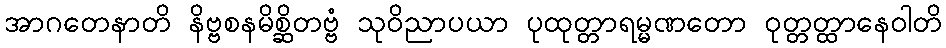
အာဂတေနာတိ နိဗ္ဗစနမိစ္ဆိတဗ္ဗံ သုဝိညာပယာ ပုထုတ္တာရမ္မဏတော ဝုတ္တတ္ထာနေဝါတိ